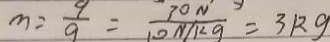
m = \frac { 9 } { 9 } = \frac { 7 0 N ^ { \prime } } { 1 0 N / k g } = 3 k g